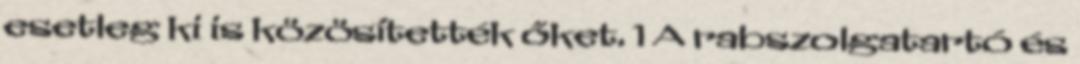
esetleg ki is közösítették őket. 1 A rabszolgatartó és